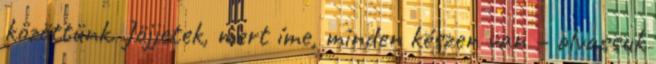
közöttünk. Jöjjetek, mert íme, minden készen van – olvassuk